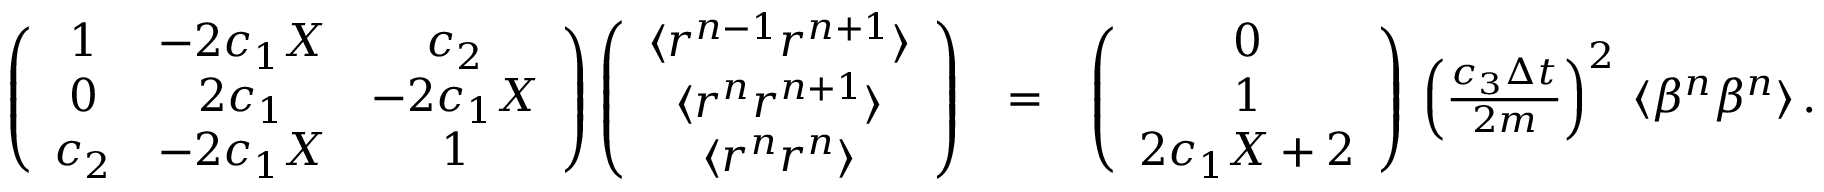
\begin{array} { r l r } { \left( \begin{array} { c c c } { 1 } & { - 2 c _ { 1 } X } & { c _ { 2 } } \\ { 0 } & { 2 c _ { 1 } } & { - 2 c _ { 1 } X } \\ { c _ { 2 } } & { - 2 c _ { 1 } X } & { 1 } \end{array} \right) \left( \begin{array} { c } { \langle r ^ { n - 1 } r ^ { n + 1 } \rangle } \\ { \langle r ^ { n } r ^ { n + 1 } \rangle } \\ { \langle r ^ { n } r ^ { n } \rangle } \end{array} \right) } & { = } & { \left( \begin{array} { c } { 0 } \\ { 1 } \\ { 2 c _ { 1 } X + 2 } \end{array} \right) \, \left( \frac { c _ { 3 } \Delta { t } } { 2 m } \right) ^ { 2 } \, \langle \beta ^ { n } \beta ^ { n } \rangle \, . } \end{array}